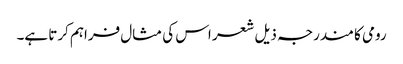
رومی کا مندرجہ ذیل شعر اس کی مثال فراہم کرتا ہے۔